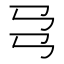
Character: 𢎙